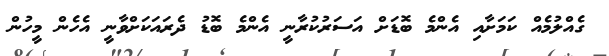
ގެއްލުމެއް ކަމަށާއި އެންމެ ބޮޑަށް އަސަރުކުރާނީ އެންމެ ބޮޑު ދެރައަކަށްވާނީ އެހެން މީހުން